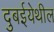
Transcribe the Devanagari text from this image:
दुबईयेथील